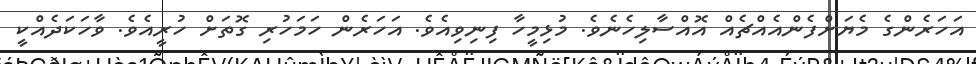
އަހަރެންގެ މެޔަށްފެންއެއްޗެއް އޮއްސާލިހެނެވެ. މުޅިމީހާ ފިނިވިއެވެ. އަހަރެން ހަމަހުރި ގޮތަށް ހުރީއެވެ. ވާހަކަދެއްކީ